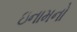
ઇનામનો